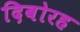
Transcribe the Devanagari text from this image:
दिबोरह